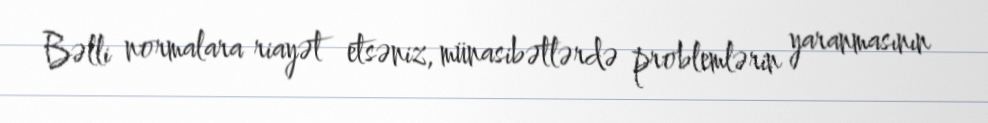
Bəlli normalara riayət etsəniz, münasibətlərdə problemlərin yaranmasının